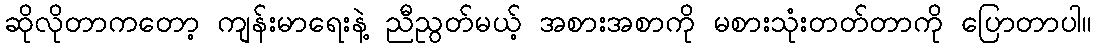
ဆိုလိုတာကတော့ ကျန်းမာရေးနဲ့ ညီညွတ်မယ့် အစားအစာကို မစားသုံးတတ်တာကို ပြောတာပါ။